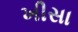
ખીસા